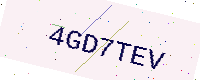
Text: 4GD7TEV